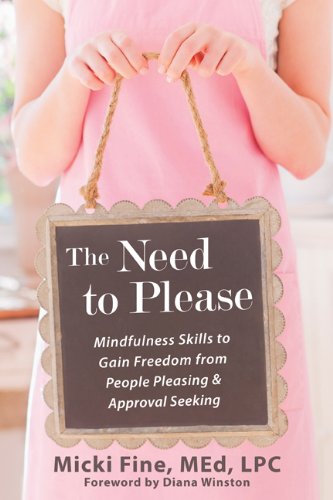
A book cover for The Need to Please: Mindfulness Skills to Gain Freedom from People Pleasing and Approval Seeking; Micki Fine MEd  LPC; Self-Help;